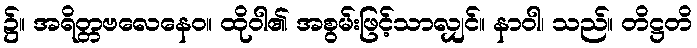
၌။ အရိတ္တဗလေနေဝ။ ထိုဝါ၏ အစွမ်းဖြင့်သာလျှင်။ နာဝါ၊ သည်။ တိဋ္ဌတိ